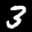
Digit: 3